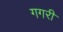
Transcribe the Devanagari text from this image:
गगरी